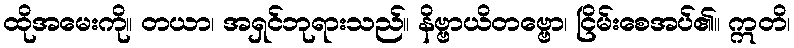
ထိုအမေးကို။ တယာ၊ အရှင်ဘုရားသည်။ နိဗ္ဗာယိတဗ္ဗော၊ ငြိမ်းစေအပ်၏။ ဣတိ၊